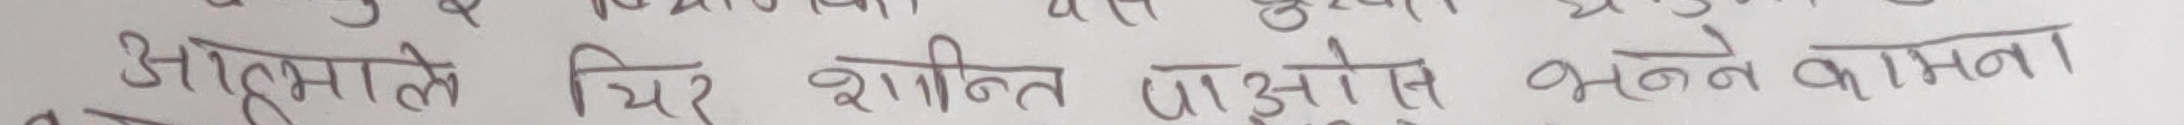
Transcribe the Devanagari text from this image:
आत्ममाले स्थिर शान्ति पाउन भन्दै कामना